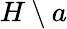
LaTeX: H\setminus a